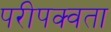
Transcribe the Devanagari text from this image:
परीपक्वता